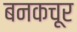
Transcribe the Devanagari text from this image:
बनकचूर